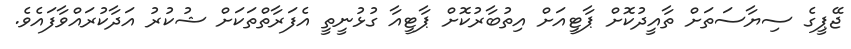
ޖޭޕީގެ ސިޔާސަތަށް ތާއީދުކޮށް ޕާޓީއަށް އިތުބާރުކޮށް ޕާޓީއާ ގުޅުނީތީ އެފަރާތްތަކަށް ޝުކުރު އަދާކުރައްވާފައެވެ.